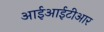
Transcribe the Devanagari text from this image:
आईआईटीआर